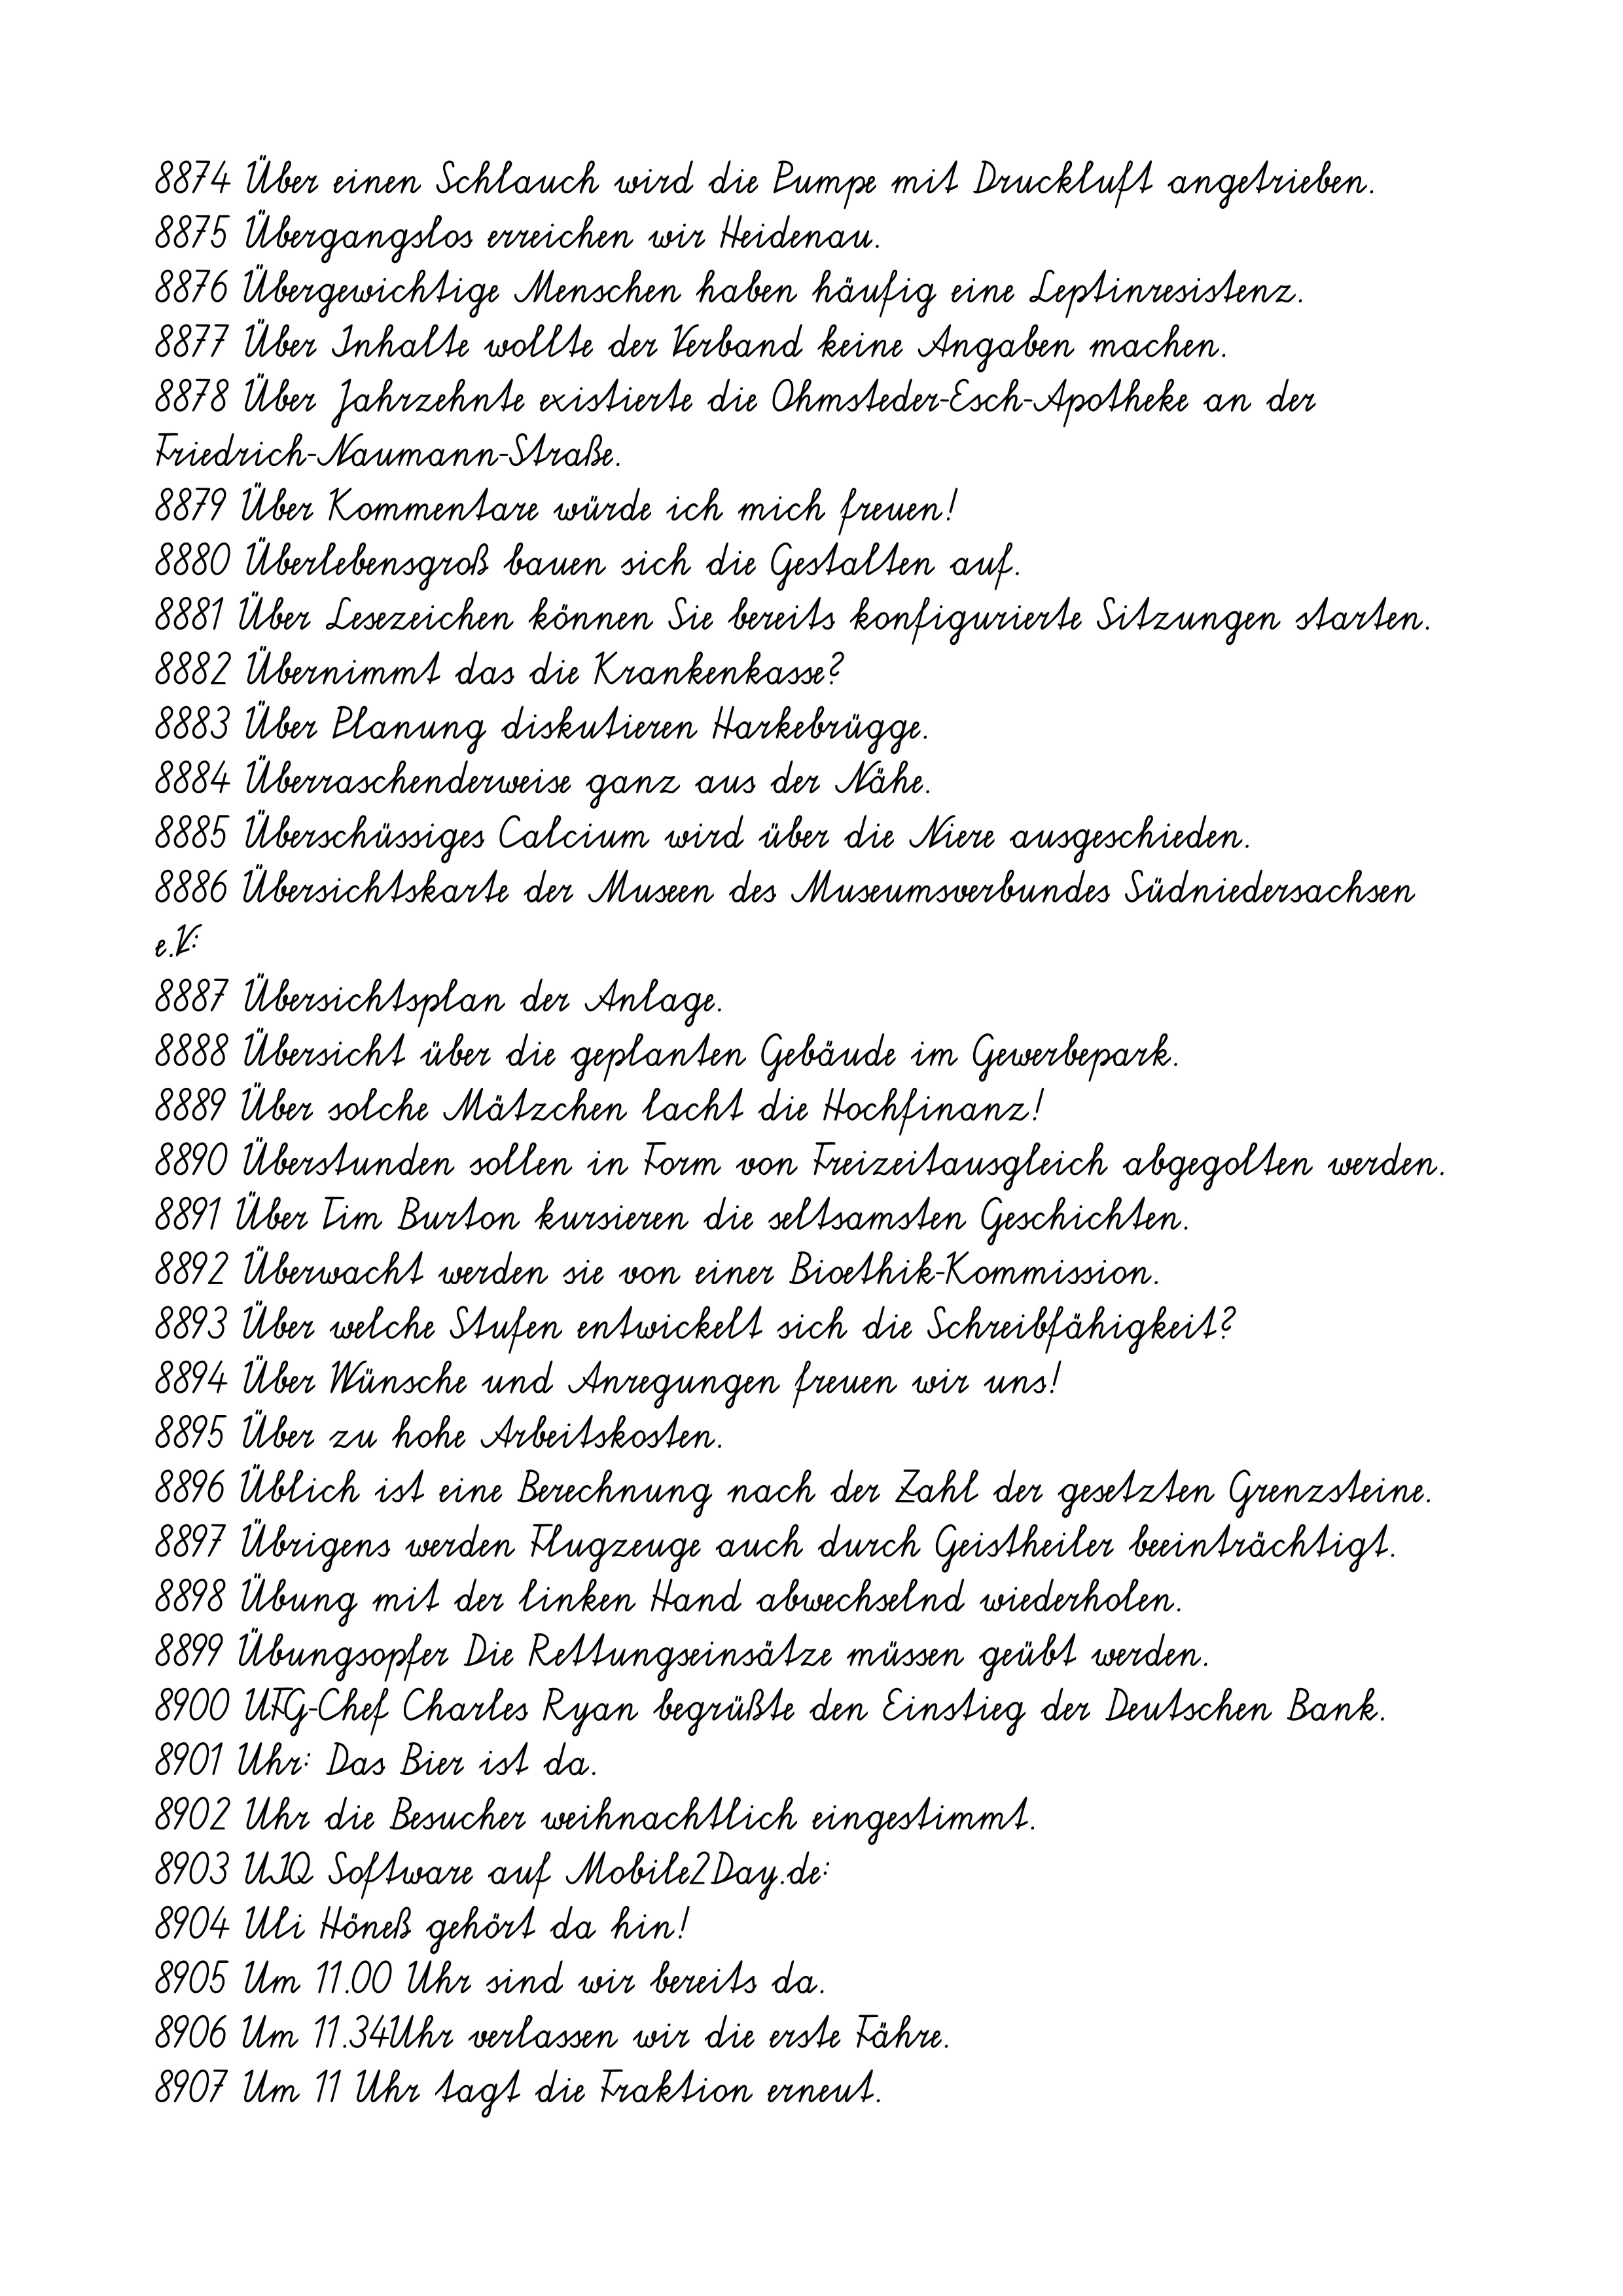
8874 Über einen Schlauch wird die Pumpe mit Druckluft angetrieben.
8875 Übergangslos erreichen wir Heidenau.
8876 Übergewichtige Menschen haben häufig eine Leptinresistenz.
8877 Über Inhalte wollte der Verband keine Angaben machen.
8878 Über Jahrzehnte existierte die Ohmsteder-Esch-Apotheke an der
Friedrich-Naumann-Straße.
8879 Über Kommentare würde ich mich freuen!
8880 Überlebensgroß bauen sich die Gestalten auf.
8881 Über Lesezeichen können Sie bereits konfigurierte Sitzungen starten.
8882 Übernimmt das die Krankenkasse?
8883 Über Planung diskutieren Harkebrügge.
8884 Überraschenderweise ganz aus der Nähe.
8885 Überschüssiges Calcium wird über die Niere ausgeschieden.
8886 Übersichtskarte der Museen des Museumsverbundes Südniedersachsen
e.V:
8887 Übersichtsplan der Anlage.
8888 Übersicht über die geplanten Gebäude im Gewerbepark.
8889 Über solche Mätzchen lacht die Hochfinanz!
8890 Überstunden sollen in Form von Freizeitausgleich abgegolten werden.
8891 Über Tim Burton kursieren die seltsamsten Geschichten.
8892 Überwacht werden sie von einer Bioethik-Kommission.
8893 Über welche Stufen entwickelt sich die Schreibfähigkeit?
8894 Über Wünsche und Anregungen freuen wir uns!
8895 Über zu hohe Arbeitskosten.
8896 Üblich ist eine Berechnung nach der Zahl der gesetzten Grenzsteine.
8897 Übrigens werden Flugzeuge auch durch Geistheiler beeinträchtigt.
8898 Übung mit der linken Hand abwechselnd wiederholen.
8899 Übungsopfer Die Rettungseinsätze müssen geübt werden.
8900 UFG-Chef Charles Ryan begrüßte den Einstieg der Deutschen Bank.
8901 Uhr: Das Bier ist da.
8902 Uhr die Besucher weihnachtlich eingestimmt.
8903 UIQ Software auf Mobile2Day.de:
8904 Uli Höneß gehört da hin!
8905 Um 11.00 Uhr sind wir bereits da.
8906 Um 11.34Uhr verlassen wir die erste Fähre.
8907 Um 11 Uhr tagt die Fraktion erneut.